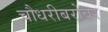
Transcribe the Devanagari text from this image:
चौधरीबरोबर